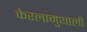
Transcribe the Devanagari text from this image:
केरलामुथाली